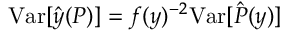
\mathrm { \mathop { V a r } } [ \hat { y } ( P ) ] = f ( y ) ^ { - 2 } \mathrm { \mathop { V a r } } [ \hat { P } ( y ) ]